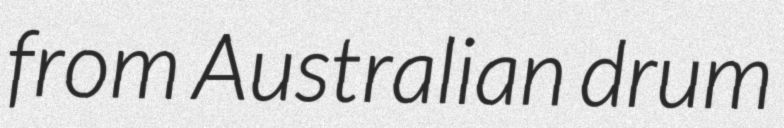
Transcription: from Australian drum